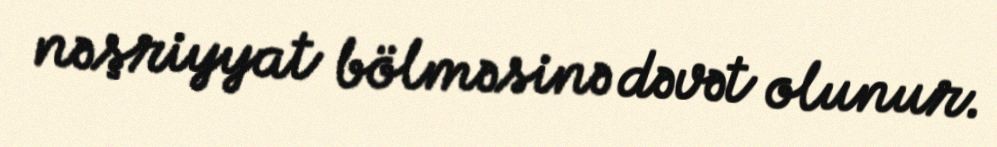
nəşriyyat bölməsinə dəvət olunur.